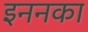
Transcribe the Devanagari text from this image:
इननका